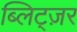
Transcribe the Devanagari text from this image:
ब्लिट्ज़र